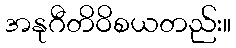
အနုဂီတိဝိစယတည်း။